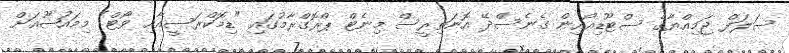
ސަލަފް ޖަމިއްޔާގެ ސްޓޫޑިއޯއިން ގެނެސްދޭ އޮނަތިރީސް މިނެޓް ޕްރޮގްރާމުގައި "ޑިމޮކްރަސީއާއި ވޯޓް" މިމައުޟޫއަށް